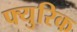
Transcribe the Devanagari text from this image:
फ्युरिक